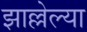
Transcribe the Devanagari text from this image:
झाल्लेल्या